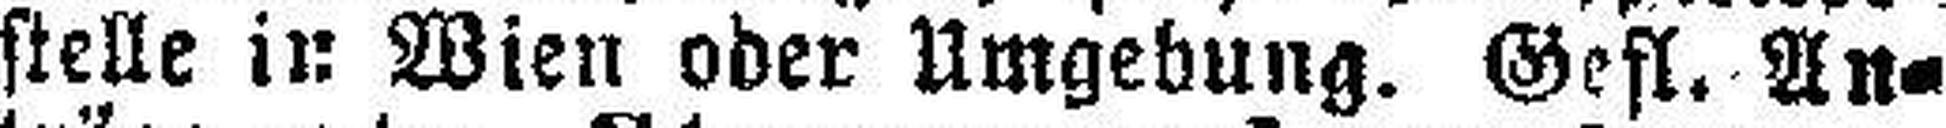
stelle in Wien oder Umgebung. Gefl. An¬